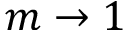
m \to 1